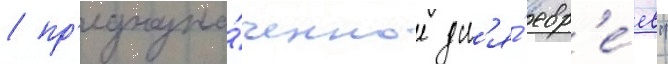
/ пр'едназна́ченное дл'я́ евр'е́ев"